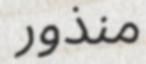
منذور